Burma Government Medical School reports 1907-22
Year: 1907
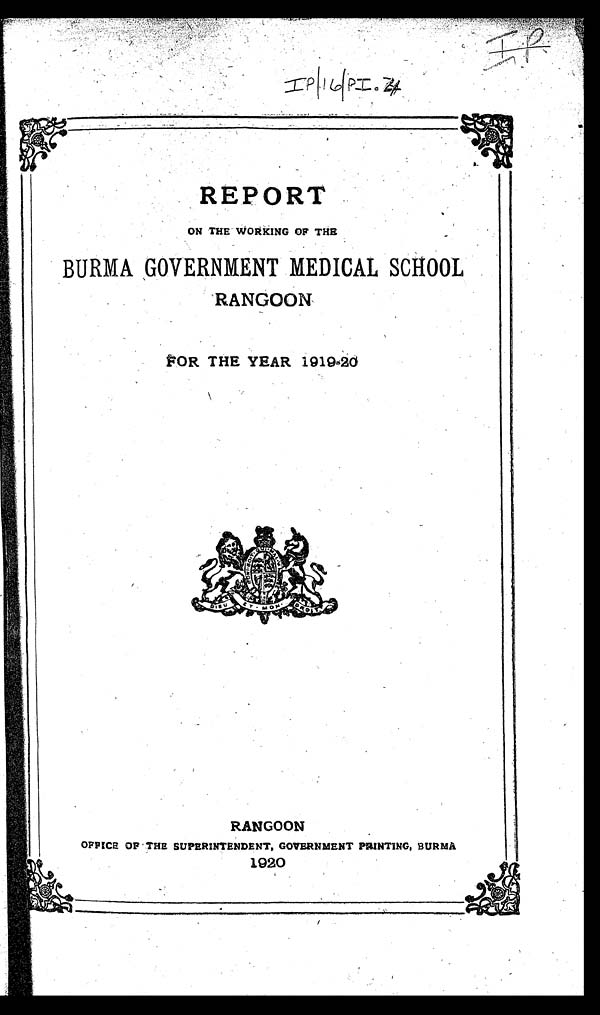
I P
I P / 1 6 / P I . 4
REPORT
ON THE WORKING OF THE
BURMA GOVERNMENT MEDICAL SCHOOL
RANGOON
FOR THE YEAR 1919-20
RANGOON
OFFICE OF THE SUPERINTENDENT, GOVERNMENT PRINTING, BURMA
1920